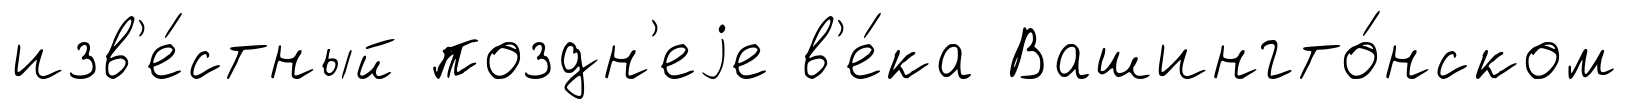
изв'е́стный поздн'еjе в'е́ка Вашингто́нском